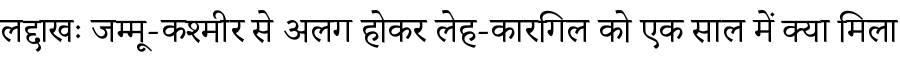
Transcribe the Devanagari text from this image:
लद्दाखः जम्मू-कश्मीर से अलग होकर लेह-कारगिल को एक साल में क्या मिला